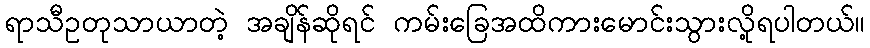
ရာသီဥတုသာယာတဲ့ အချိန်ဆိုရင် ကမ်းခြေအထိကားမောင်းသွားလို့ရပါတယ်။